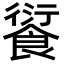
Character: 𩜾